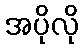
အပိုလို